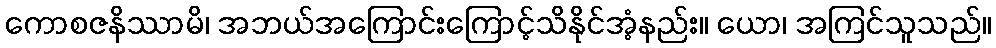
ကောစဇနိဿာမိ၊ အဘယ်အကြောင်းကြောင့်သိနိုင်အံ့နည်း။ ယော၊ အကြင်သူသည်။